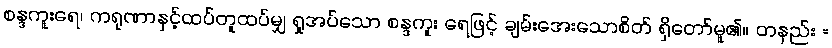
စန္ဒကူးရေ၊ ကရုဏာနှင့်ထပ်တူထပ်မျှ ရှုအပ်သော စန္ဒကူး ရေဖြင့် ချမ်းအေးသောစိတ် ရှိတော်မူ၏။ တနည်း =